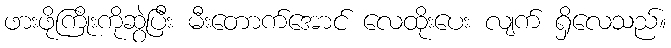
ဖားဖိုကြိုးကိုဆွဲပြီး မီးတောက်အောင် လေထိုးပေး လျက် ရှိလေသည်။